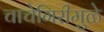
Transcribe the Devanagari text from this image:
चाचेगिरीमुळे